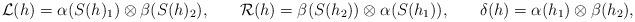
LaTeX: \begin{gather*} \mathcal{L}(h)=\alpha (S(h)_1)\otimes \beta (S(h)_2), \qquad\! \mathcal{R}(h)=\beta (S(h_2))\otimes \alpha (S(h_1)), \qquad\! \delta (h)=\alpha (h_1)\otimes \beta (h_2),\end{gather*}